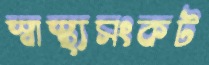
স্বাস্থ্যসংকট